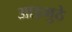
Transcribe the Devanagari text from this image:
आडमुठे